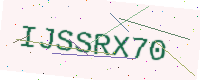
Text: IJSSRX70